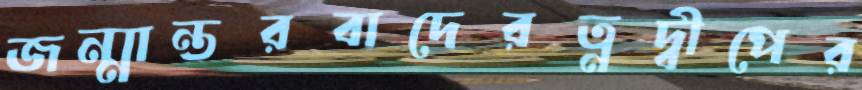
জন্মান্তরবাদেরত্নদ্বীপের